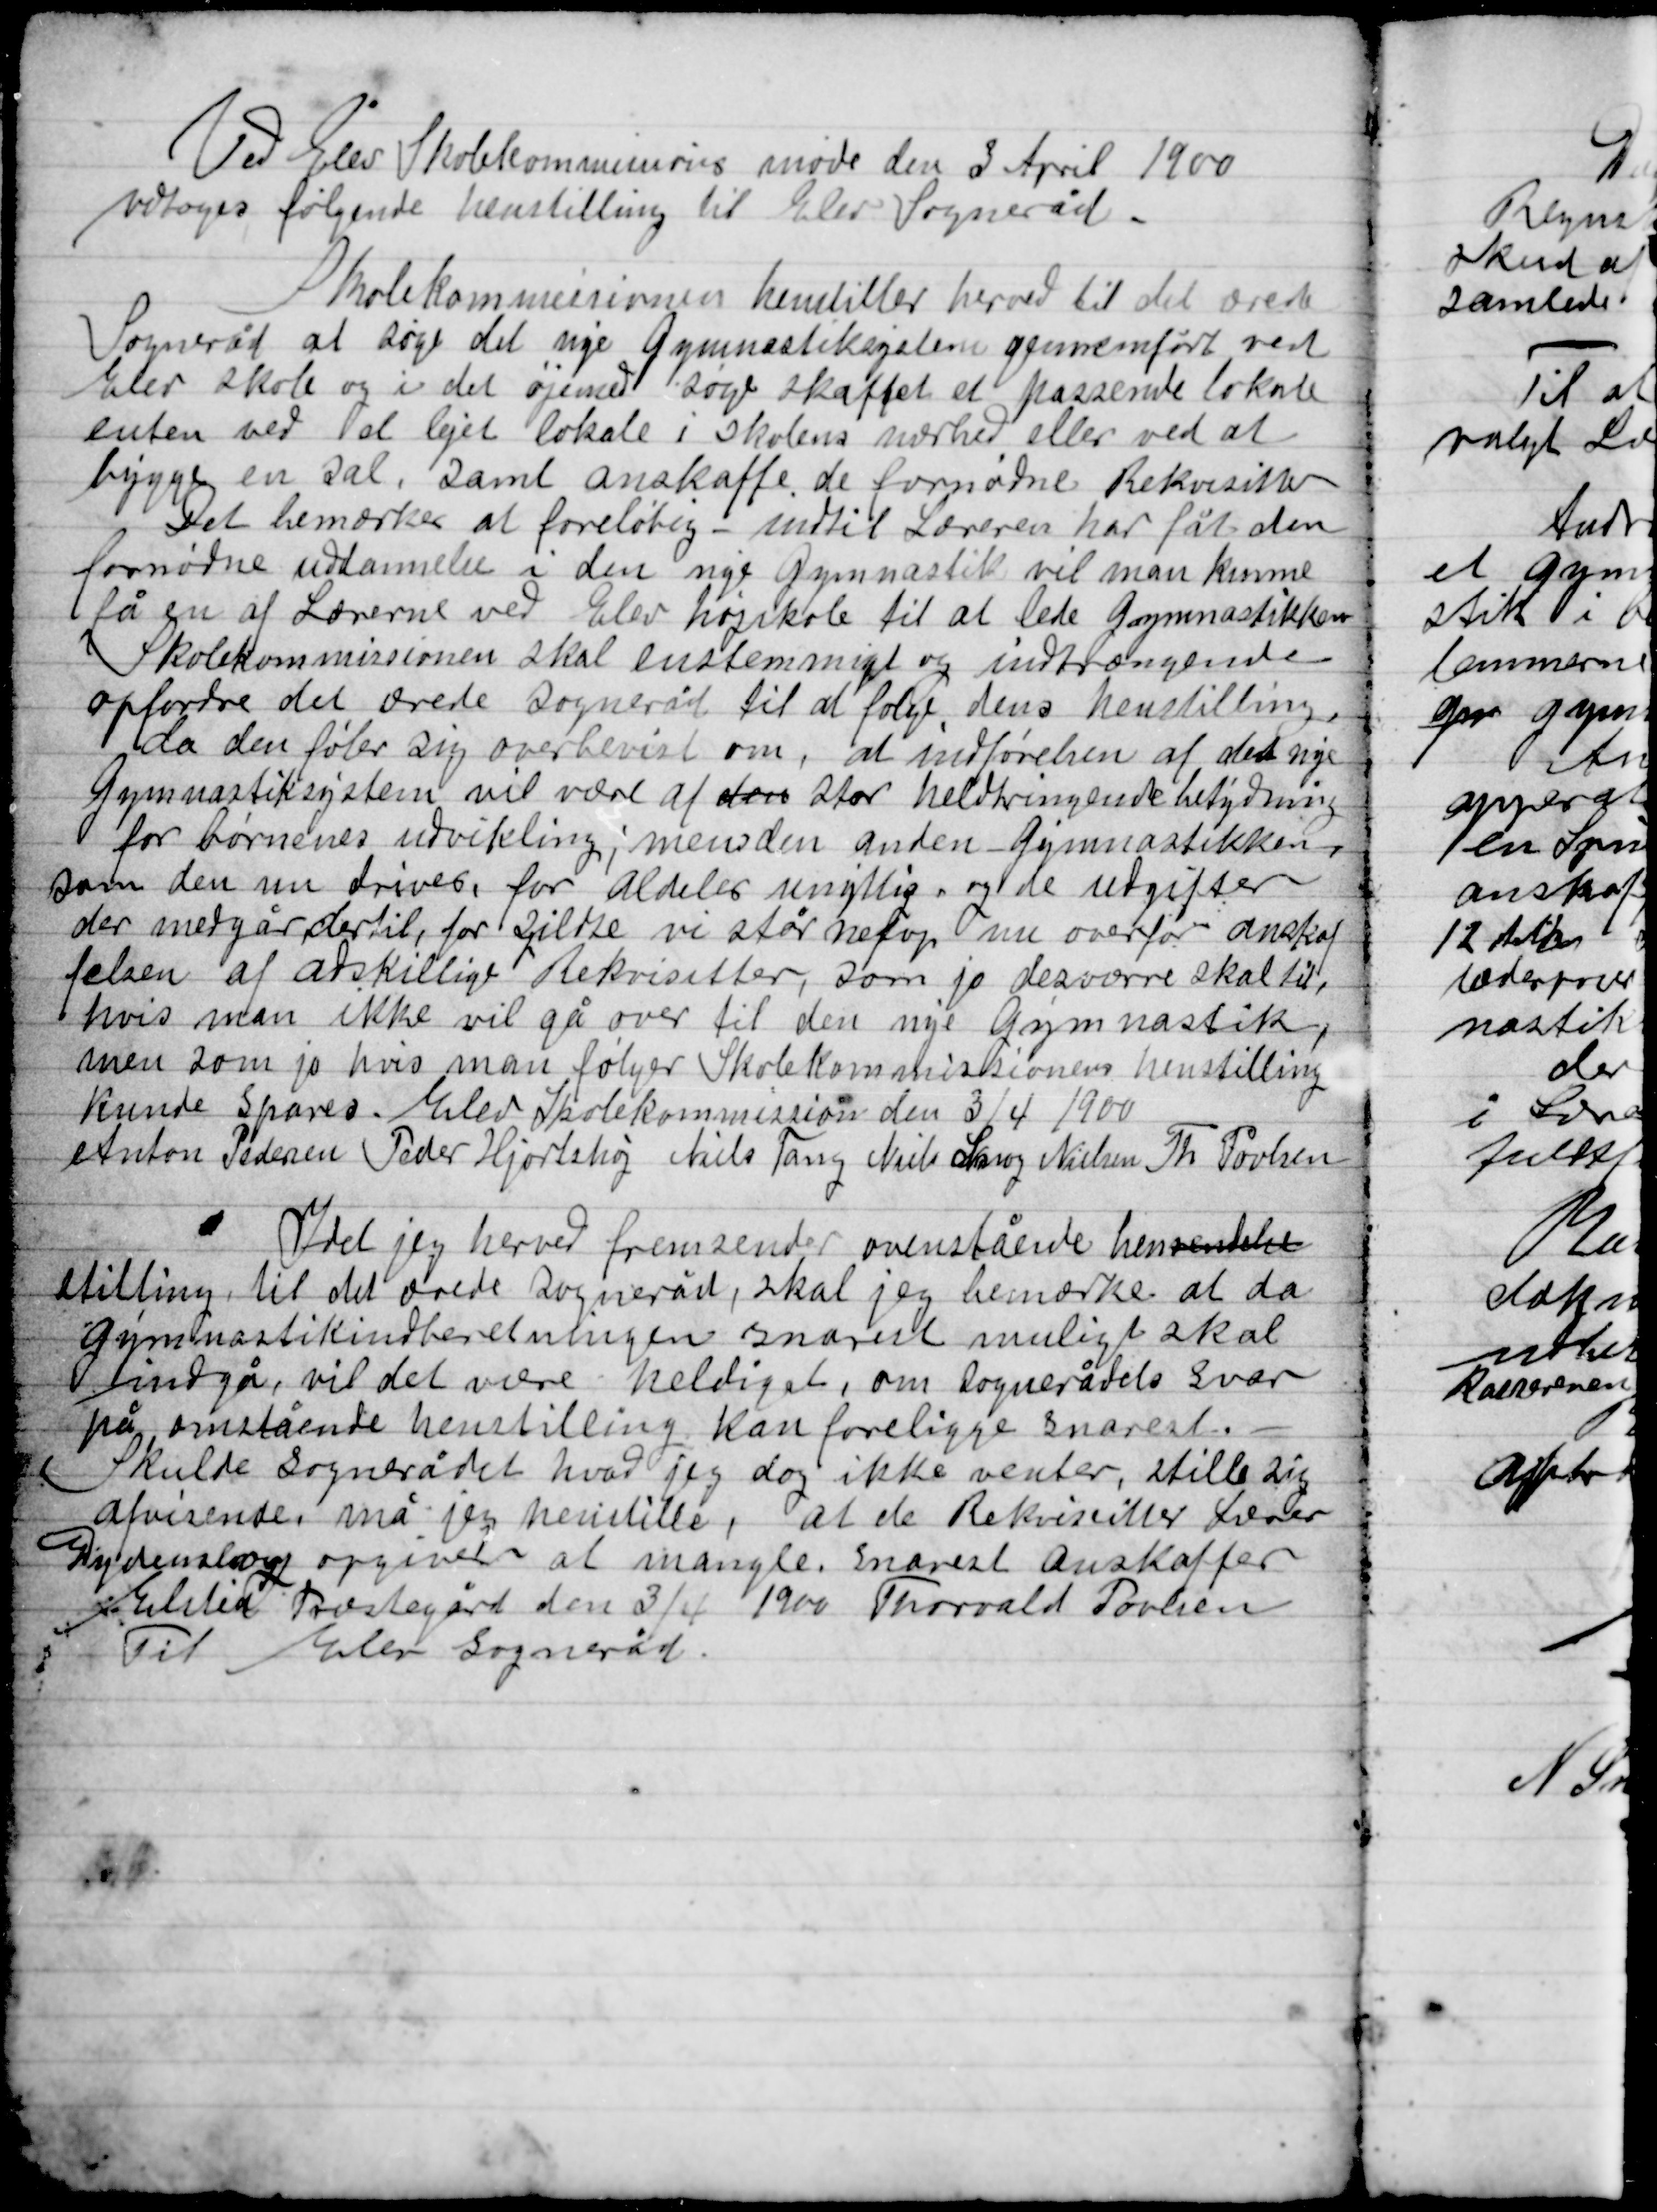
Transskription:
Ved Elev Skolekommissions møde den 3 April 1900
Vedtoges følgende henstilling til Elev Sogneråd.

Skolekommissionen henstiller herved til det ærede
Sogneråd at søge det nye gymnastiksystem gennemført ved
Elev skole og i det øjemed søge skaffet et passende lokale
enten ved et lejet lokale i skolens nærhed eller ved at
bygge en sal. Samt anskaffe de fornødne Rekvisitter.
Det bemærkes at foreløbig indtil Læren har fået den
fornødne uddannelse i den nye Gymnastik vil man kunne
få en af Lærerne ved Elev højskole til at lede Gymnastikken.
Skolekommissionen skal enstemmigt og indtrængende
opfordre det ærede Sogneråd til at følge dens henstilling
da den føler sig overbevist om, at indførelsen af det nye
Gymnastiksystem vil være af den store helsebringende betydning
for børnenes udvikling; mens den anden Gymnastikken
som den nu drives, for Aldeles unyttig og de udgifter
der medgår dertil, for sikker vi står netop nu overfor anskaf-
felsen af adskillige Rekvisitter, som jo desværre skal til,
hvis man ikke vil gå over til den nye gymnastik,
men som jo hvis man følger Skolekommissionens henstilling
kunde Spares. Meddeler Skolekommissionen den 3/4 1900
Anton Pedersen, Peder Hjortshøj Niels Tang, Niels Snog Niensen, Th. Poulsen

Idet jeg herved fremsender ovenstående henvendelse-
stilling til det ærede Sogneråd, skal jeg bemærke at da
gymnastikindberetningen snarest muligt skal
indgå, vil det være heldigst, om Sognerådets svar
på ovenstående henstilling kan foreligge snarest.
Skulde Sognerådet hvad jeg dog ikke venter, stille sig
afvisende, må jeg henstille, at de Rekvisitter Lærer
Dydensborg opgiver at mangle. Snarest Anskaffer
Elsted Præstegård den 3/4 1900 Thorvald Povlsen
Til Elev Sogneråd